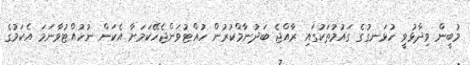
މުބީން ވިދާޅުވީ ހުޅަނގުގެ ގައުމުތަކުގައި ރާއްޖެ ބަދުނާމްކުރުން ހުއްޓުވަންޖެހޭކަމަށާ އެކަން ނުހުއްޓުވާނަމަ އެކަމުގެ